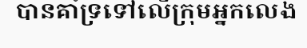
បានគាំទ្រទៅលើក្រុមអ្នកលេង